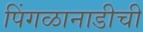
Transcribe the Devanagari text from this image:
पिंगळानाडीची